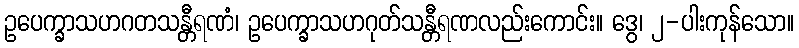
ဥပေက္ခာသဟဂတသန္တီရဏံ၊ ဥပေက္ခာသဟဂုတ်သန္တီရဏလည်းကောင်း။ ဒွေ၊ ၂-ပါးကုန်သော။